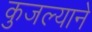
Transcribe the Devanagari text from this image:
कुजल्याने